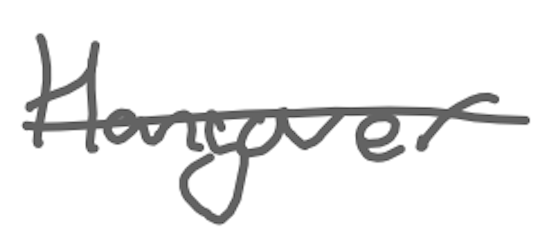
Text: Hangover
Cross-out: single-line
Writing tool: digital_gray